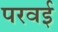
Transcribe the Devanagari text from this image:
परवई